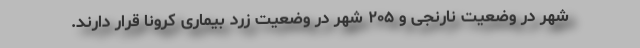
شهر در وضعیت نارنجی و ۲۰۵ شهر در وضعیت زرد بیماری کرونا قرار دارند.